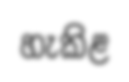
හැකිළ